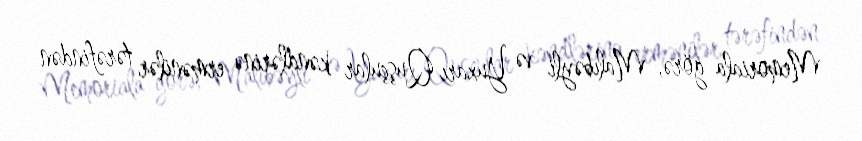
Memoriala görə, Malıbəyli və Yuxarı Quşçular kəndlərinə ermənilər tərəfindən